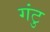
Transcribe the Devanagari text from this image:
गंटु